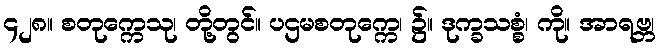
၄၂၈။ စတုက္ကေသု၊ တို့တွင်။ ပဌမစတုက္ကေ၊ ၌။ ဒုက္ခသစ္စံ၊ ကို။ အာရဗ္ဘ၊